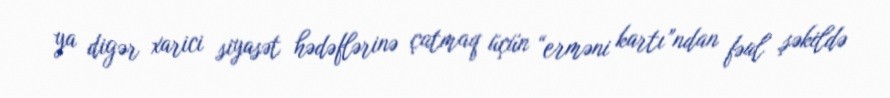
ya digər xarici siyasət hədəflərinə çatmaq üçün “erməni kartı”ndan fəal şəkildə